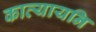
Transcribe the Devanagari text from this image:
कात्यायनि